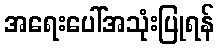
အရေးပေါ်အသုံးပြုရန်